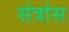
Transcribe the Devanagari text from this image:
संत्रांस